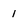
Character: i